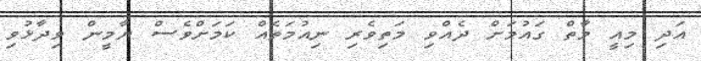
އަދި މިއީ މާތް ގައުމަށް ދެއްވި މަތިވެރި ނިއުމަތެއް ކަމަށްވެސް ޔާމީން ވިދާޅުވި